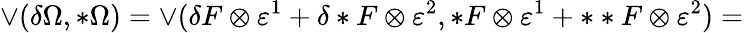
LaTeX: \vee(\delta\Omega,*\Omega)=\vee(\delta F\otimes\varepsilon^{1}+\delta*F\otimes\varepsilon^{2},*F\otimes\varepsilon^{1}+**F\otimes\varepsilon^{2})=